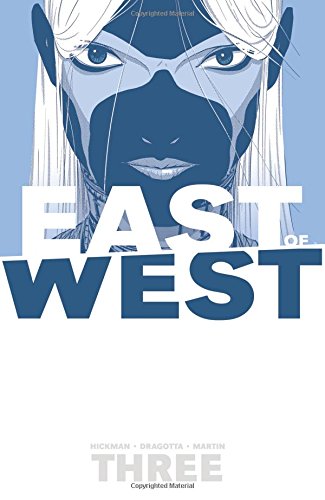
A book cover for East of West Volume 3: There Is No Us TP; Jonathan Hickman; Comics & Graphic Novels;